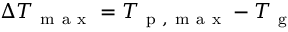
\Delta T _ { \mathrm { ~ m ~ a ~ x ~ } } = T _ { \mathrm { ~ p ~ , ~ m ~ a ~ x ~ } } - T _ { \mathrm { ~ g ~ } }